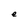
Character: e